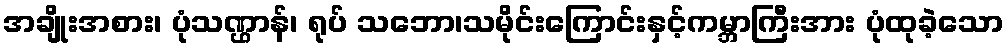
အချိုးအစား၊ ပုံသဏ္ဌာန်၊ ရုပ် သဘော၊သမိုင်းကြောင်းနှင့်ကမ္ဘာကြီးအား ပုံထုခဲ့သော